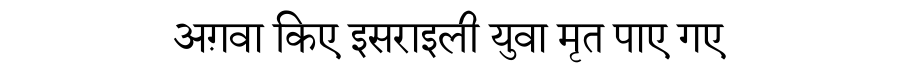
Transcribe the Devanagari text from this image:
अग़वा किए इसराइली युवा मृत पाए गए